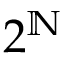
2 ^ { \mathbb { N } }